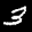
Label: 3